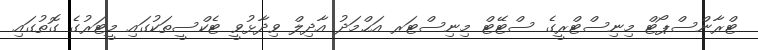
ޓްރާންސްޕޯޓް މިނިސްޓްރީގެ ސްޓޭޓް މިނިސްޓަރ އަޙްމަދު އާދިލް ވިދާޅުވީ ޓެކްސީތަކުގައި މީޓަރުގެ ގޮތުގައި